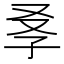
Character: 𡥍